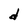
Character: d